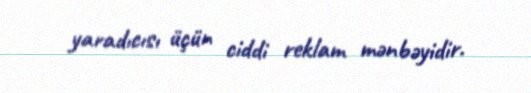
yaradıcısı üçün ciddi reklam mənbəyidir.